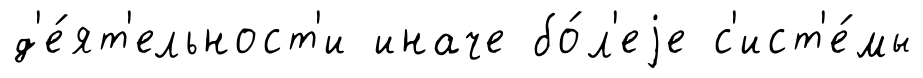
д'е́ят'ельност'и иначе бо́л'еjе с'ист'е́мы